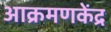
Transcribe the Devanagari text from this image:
आक्रमणकेंद्र